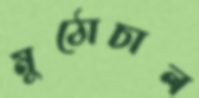
মুঠোচাল